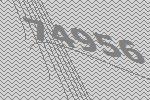
74956